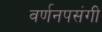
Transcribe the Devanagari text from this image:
वर्णनपसंगी